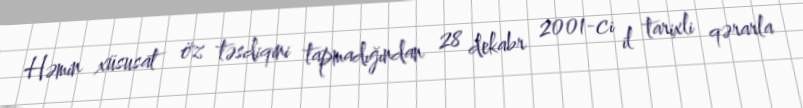
Həmin xüsusat öz təsdiqini tapmadığından 28 dekabr 2001-ci il tarixli qərarla